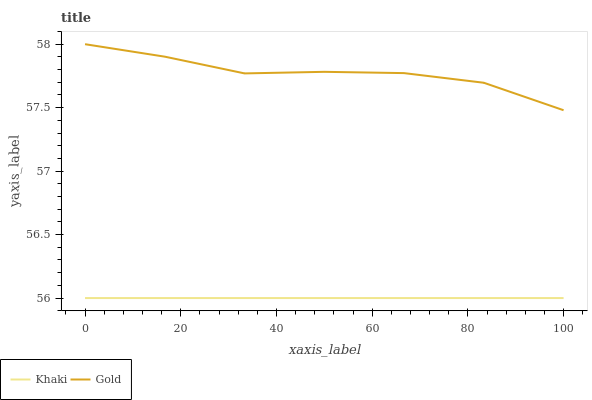
| xaxis_label | Khaki | Gold |
 | --- | --- | --- |
 | 0 | 56 | 58 |
 | 16.7 | 56 | 57.9 |
 | 33.3 | 56 | 57.8 |
 | 50 | 56 | 57.8 |
 | 66.7 | 56 | 57.8 |
 | 83.3 | 56 | 57.7 |
 | 100 | 56 | 57.5 |